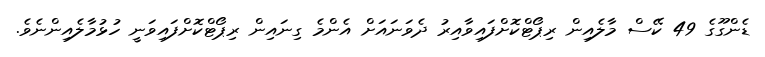
ޑެންގޫގެ 49 ކޭސް މާލެއިން ރިޕޯޓްކޮށްފައިވާއިރު ދެވަނައަށް އެންމެ ގިނައިން ރިޕޯޓްކޮށްފައިވަނީ ހުޅުމާލެއިންނެވެ.